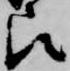
被